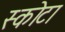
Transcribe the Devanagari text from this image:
स्कोटा